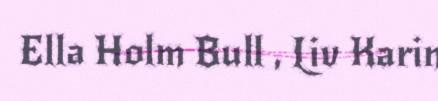
Ella Holm Bull , Liv Karin